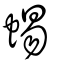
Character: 蜴